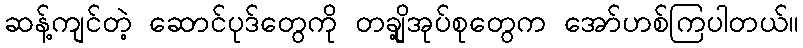
ဆန့်ကျင်တဲ့ ဆောင်ပုဒ်တွေကို တချို့အုပ်စုတွေက အော်ဟစ်ကြပါတယ်။